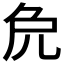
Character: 𠑾